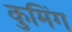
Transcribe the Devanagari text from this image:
कुमिंग